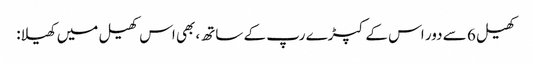
کھیل 6 سے دور اس کے کپڑے رپ کے ساتھ، بھی اس کھیل میں کھیلا: